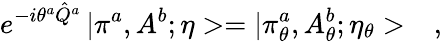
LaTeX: e^{-i\theta^{a}\hat{Q}^{a}}\, |\pi^{a},A^{b};\eta>=|\pi_{\theta}^{a},A_{\theta}^{b};\eta_{\theta}>\ \ \ ,